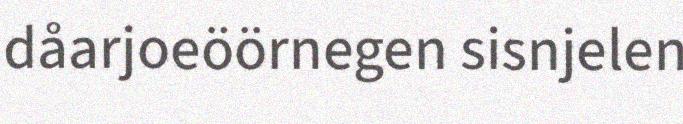
dåarjoeöörnegen sisnjelen